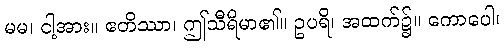
မမ၊ ငါ့အား။ ဧတိဿာ၊ ဤသီရိမာ၏။ ဥပရိ၊ အထက်၌။ ကောပေါ၊